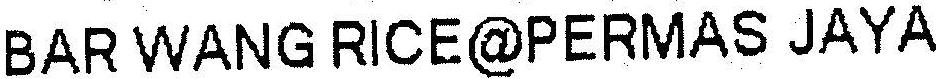
BAR WANG RICE@PERMAS JAYA